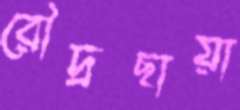
রৌদ্রছায়া